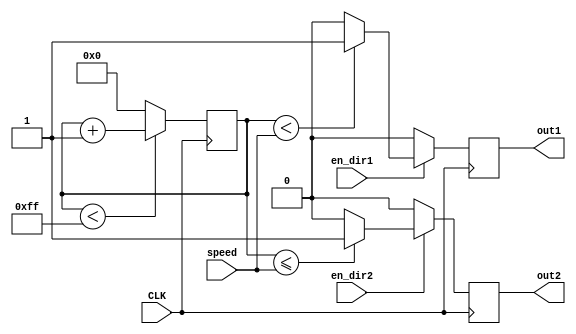
`timescale 1ns / 1ps
//////////////////////////////////////////////////////////////////////////////////
// Company: 
// Engineer: 
// 
// Design Name: 
// Module Name: counter
// Project Name: 
// Target Devices: 
// Tool Versions: 
// Description: 
// 
// Dependencies: 
// 
// Revision:
// Revision 0.01 - File Created
// Additional Comments:
// 
//////////////////////////////////////////////////////////////////////////////////


module counter(
    input CLK,
    input en_dir1,
    input en_dir2,
    input [7:0] speed,
    output reg out1,
    output reg out2
    );
reg [6:0] cnt;
always@(posedge CLK)
begin
if (cnt<8'd255)
    cnt <= cnt + 1'b1;
else
    cnt <= 7'b0;
end

always@(posedge CLK)
begin
if(en_dir1)
    if(cnt<speed)
        out1 <= 1'b1;
    else
        out1 <= 1'b0;
else
    out1 <= 1'b0;
end

always@(posedge CLK)
begin
if(en_dir2)
    if(cnt<=speed)
        out2 <= 1'b1;
    else
        out2 <= 1'b0;
else
    out2 <= 1'b0;
end

endmodule